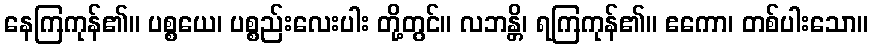
နေကြကုန်၏။ ပစ္စယေ၊ ပစ္စည်းလေးပါး တို့တွင်။ လဘန္တိ၊ ရကြကုန်၏။ ဧကော၊ တစ်ပါးသော။